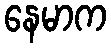
နေမာက